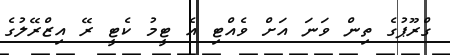
ގްރޫޕުގެ ތިން ވަނަ އަށް ވެއްޓި އެ ޓީމު ކެޓީ ރޭ އިޒްރޭލުގެ